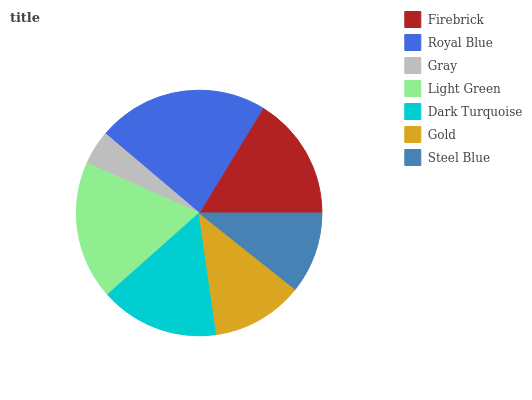
| Firebrick | Royal Blue | Gray | Light Green | Dark Turquoise | Gold | Steel Blue |
 | --- | --- | --- | --- | --- | --- | --- |
 | 16.2% | 22.6% | 4.52% | 18.3% | 15.7% | 12% | 10.7% |